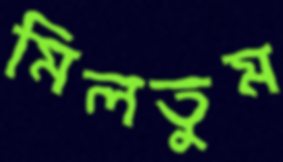
মিলতুম